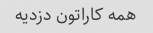
همه کاراتون دزدیه